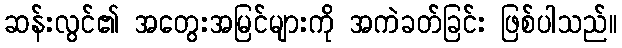
ဆန်းလွင်၏ အတွေးအမြင်များကို အကဲခတ်ခြင်း ဖြစ်ပါသည်။